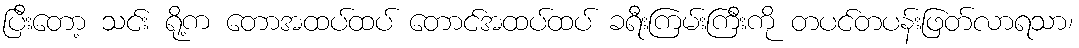
ပြီးတော့ သင်း ရို့က တောအထပ်ထပ် တောင်အထပ်ထပ် ခရီးကြမ်းကြီးကို တပင်တပန်းဖြတ်လာရသာ၊